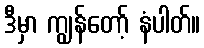
ဒီမှာ ကျွန်တော့် နံပါတ်။